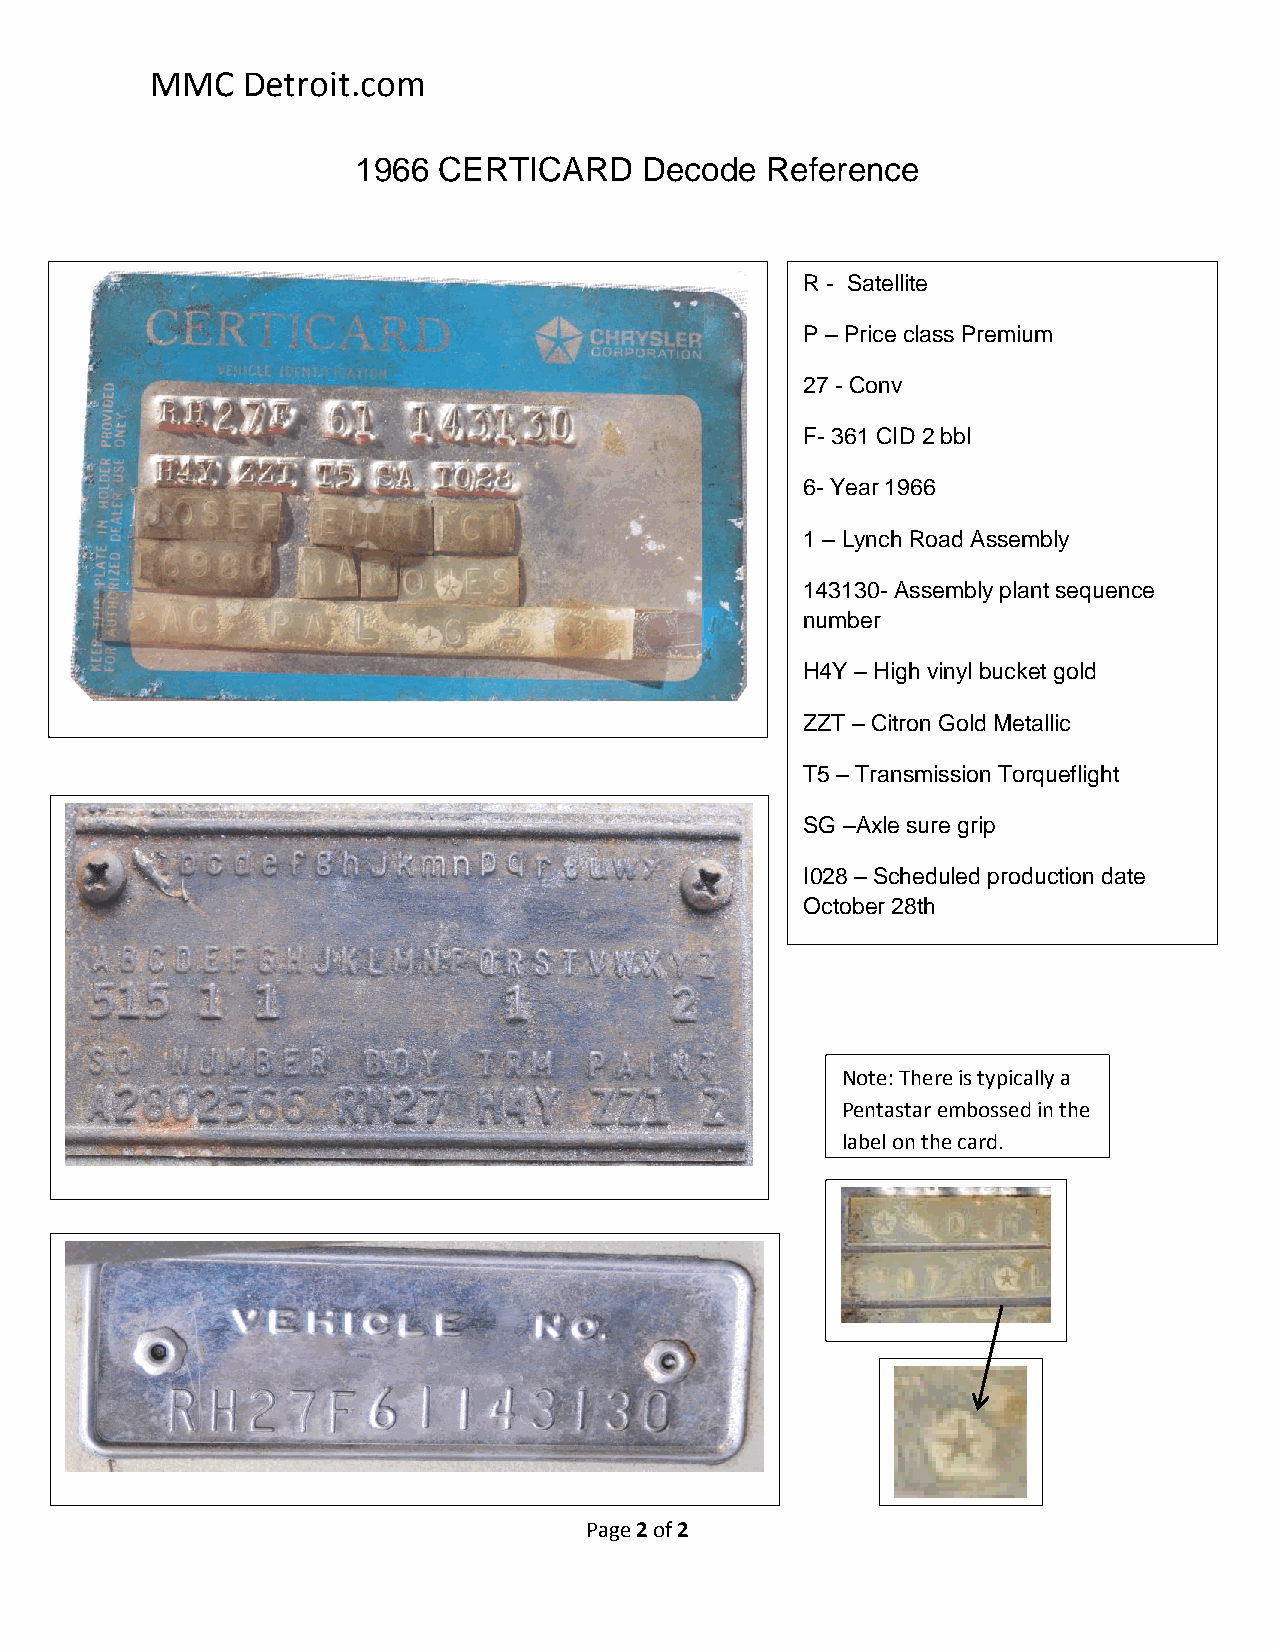
MMC   Detroit.com
 1966 CERTICARD     Decode  Reference
 R - Satellite
 P – Price class Premium
 27 - Conv
 F- 361 CID 2 bbl
 6- Year 1966
 1 – Lynch Road Assembly
 143130- Assembly plant sequence
 number
 H4Y – High vinyl bucket gold
 ZZT – Citron Gold Metallic
 T5 – Transmission Torqueflight
 SG –Axle sure grip
 I028 – Scheduled production date
 October 28th
 Note: There is typically a
 Pentastar embossed in the
 label on the card.
 Page 2 of 2